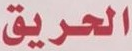
الحريق